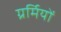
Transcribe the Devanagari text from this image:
ग्रर्मियों